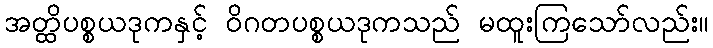
အတ္ထိပစ္စယဒုကနှင့် ဝိဂတပစ္စယဒုကသည် မထူးကြသော်လည်း။